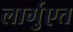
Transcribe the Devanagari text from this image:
लार्गुएत